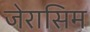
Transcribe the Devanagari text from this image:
जेरासिम